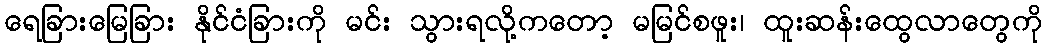
ရေခြားမြေခြား နိုင်ငံခြားကို မင်း သွားရလို့ကတော့ မမြင်စဖူး၊ ထူးဆန်းထွေလာတွေကို